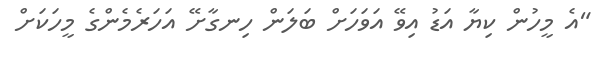
"އެ މީހުން ކިޔާ އަޑު އިވޭ އަވަހަށް ބަލަން ހިނގާށޭ އަހަރެމެންގެ މީހަކަށް